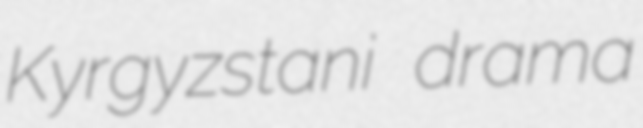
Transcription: Kyrgyzstani drama